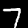
Digit: 7